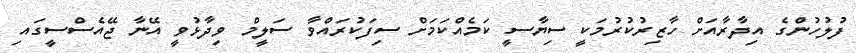
ފުލުހުންގެ އިދާރާއަށް ހާޒިރުކުރުމަކީ ސިޔާސީ ކަމެއްކަމަށް ސިފަކުރައްވާ ސަލީމް ވިދާޅުވީ އޭނާ ޖޭއެސްސީގައި